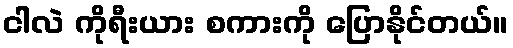
ငါလဲ ကိုရီးယား စကားကို ပြောနိုင်တယ်။